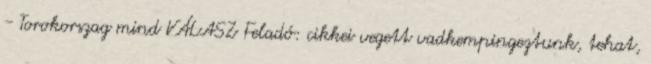
- Torokorszag mind VÁLASZ Feladó: cikkei vegett vadkempingeztunk, tehat,